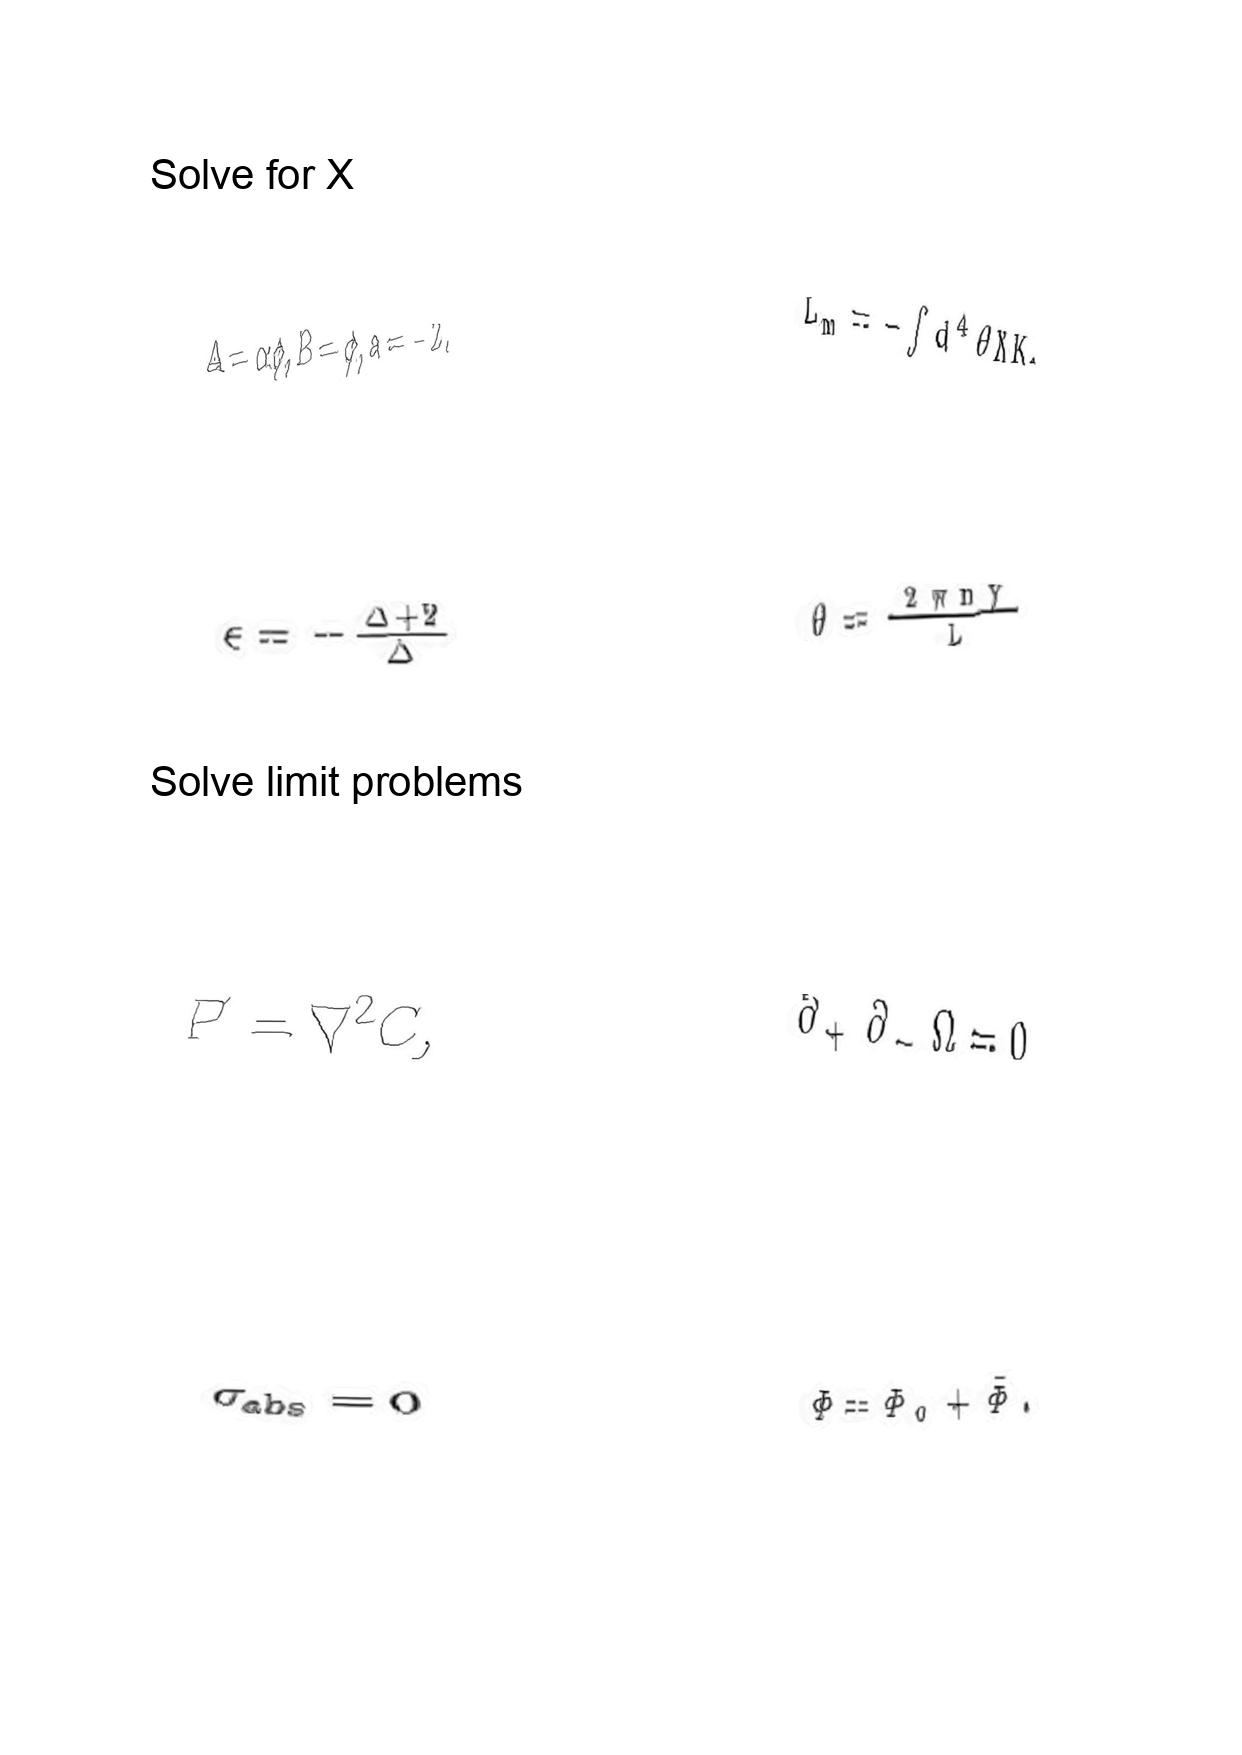
LaTeX transcription:
A = \alpha \phi , B = \phi , a = - 2 .
\epsilon = - \frac { \Delta + 2 } { \Delta }
P ^ { \prime } = \nabla ^ { 2 } C ,
\sigma _ { \mathrm { a b s } } = 0
L _ { m } = - \int d ^ { 4 } \theta X K ,
\theta = \frac { 2 \pi n y } { L }
\partial _ { + } \partial _ { - } \Omega = 0
\Phi = \Phi _ { 0 } + \tilde { \Phi } .